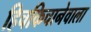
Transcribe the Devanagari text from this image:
हिचकिचानेवाला